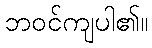
ဘဝင်ကျပါ၏။